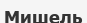
Мишель